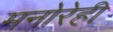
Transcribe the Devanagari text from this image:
मनोरेही